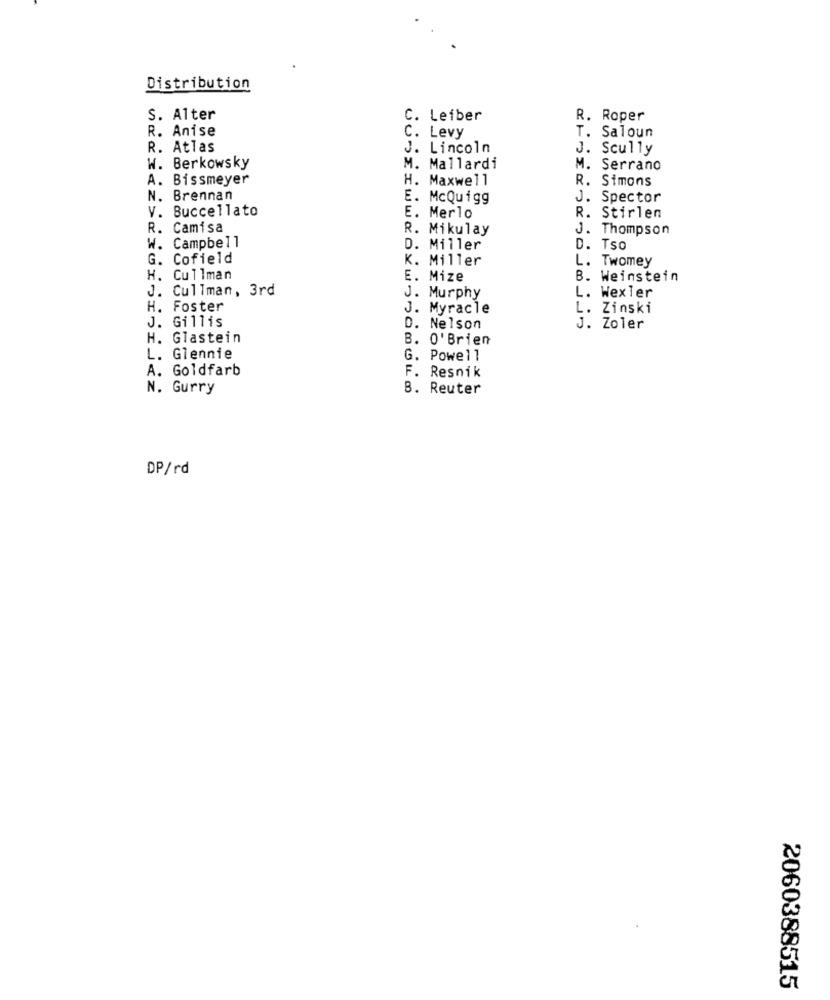
Distribution
S. Alter
C. Leiber
R. Roper
R. Anise
C. Levy
T. Saloun
R. Atlas
J. Lincoln
J. Scully
W.
Berkowsky
M. Mallardi
M. Serrano
A.
Bissmeyer
H. Maxwell
R. Simons
N.
Brennan
E. McQuigg
J. Spector
V.
Buccellato
E. Merlo
R. Stirlen
R. Camisa
R. Mikulay
J. Thompson
W. Campbell
D. Miller
D. Tso
G. Cofield
K. Miller
L. Twomey
H. Cullman
E. Mize
B. Weinstein
J.
Cullman, 3rd
L. Wexler
J. Murphy
H.
Foster
J. Myracle
. Zinski
Gillis
J.
D. Nelson
J. Zoler
H.
Glastein
B. O'Brien
L.
Glennie
G. Powell
A.
Goldfarb
F. Resnik
N. Gurry
B. Reuter
DP/rd
2060388515